Annual report on the mental hospital in the Central Provinces and Berar (Nagpur) - 1927-1951
Year: 1927
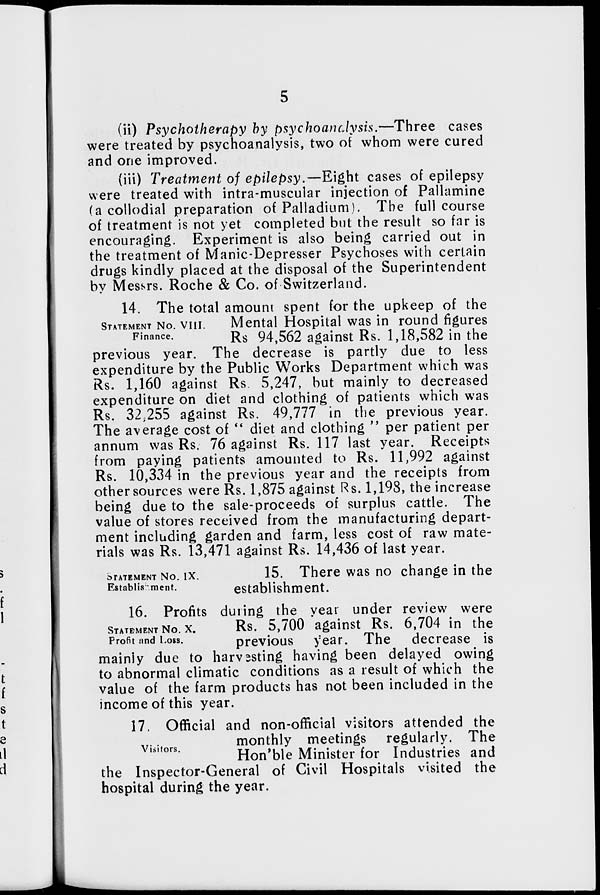
5
(ii) Psychotherapy by psychoanalysis.—Three
cases
were treated by psychoanalysis, two of whom were cured
and one improved.
(iii) Treatment of epilepsy.—Eight cases of epilepsy
were treated with intra-muscular injection of Pallamine
(a collodial preparation of Palladium). The full course
of treatment is not yet completed but the result so far is
encouraging. Experiment is also being carried out in
the treatment of Manic-Depresser Psychoses with certain
drugs kindly placed at the disposal of the Superintendent
by Messrs. Roche & Co. of Switzerland.
STATEMENT No. VIII.
Finance.
14. The total amount spent for the upkeep of the
Mental Hospital was in round figures
Rs 94,562 against Rs. 1,18,582 in the
previous year. The decrease is partly due to less
expenditure by the Public Works Department which was
Rs. 1,160 against Rs. 5,247, but mainly to decreased
expenditure on diet and clothing of patients which was
Rs. 32,255 against Rs. 49,777 in the previous year.
The average cost of " diet and clothing " per patient per
annum was Rs. 76 against Rs. 117 last year. Receipts
from paying patients amounted to Rs. 11,992 against
Rs. 10,334 in the previous year and the receipts from
other sources were Rs. 1,875 against Rs. 1,198, the increase
being due to the sale-proceeds of surplus cattle. The
value of stores received from the manufacturing depart-
ment including garden and farm, less cost of raw mate-
rials was Rs. 13,471 against Rs. 14,436 of last year.
STATEMENT No. IX.
Establishment.
15. There was no change in the
establishment.
STATEMENT No. X.
Profit and Loss.
16. Profits during the year under review were
Rs. 5,700 against Rs. 6,704 in the
previous year. The decrease is
mainly due to harvesting having been delayed owing
to abnormal climatic conditions as a result of which the
value of the farm products has not been included in the
income of this year.
Visitors.
17. Official and non-official visitors attended the
monthly meetings regularly. The
Hon'ble Minister for Industries and
the Inspector-General of Civil Hospitals visited the
hospital during the year.